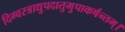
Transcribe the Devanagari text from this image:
दिग्वस्त्राद्युपदातुमुपाकर्षन्तम्‌।